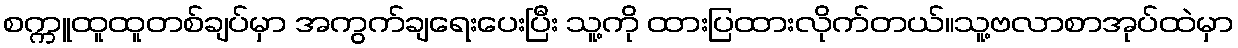
စက္ကူထူထူတစ်ချပ်မှာ အကွက်ချရေးပေးပြီး သူ့ကို ထားပြထားလိုက်တယ်။သူ့ဗလာစာအုပ်ထဲမှာ